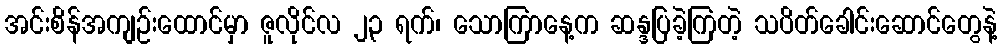
အင်းစိန်အကျဉ်းထောင်မှာ ဇူလိုင်လ ၂၃ ရက်၊ သောကြာနေ့က ဆန္ဒပြခဲ့ကြတဲ့ သပိတ်ခေါင်းဆောင်တွေနဲ့